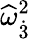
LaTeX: {\widehat{\omega}}_{\dot{3}}^{2}